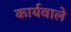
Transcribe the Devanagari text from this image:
कार्यवाले